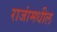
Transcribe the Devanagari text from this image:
राजांमधील